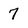
Character: 7